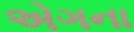
એગના